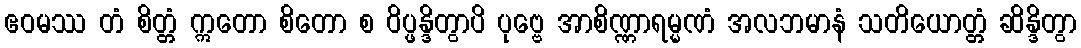
ဧဝမဿ တံ စိတ္တံ ဣတော စိတော စ ဝိပ္ဖန္ဒိတွာပိ ပုဗ္ဗေ အာစိဏ္ဏာရမ္မဏံ အလဘမာနံ သတိယောတ္တံ ဆိန္ဒိတွာ